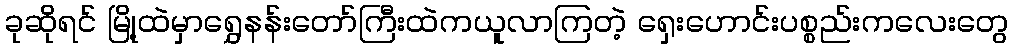
ခုဆိုရင် မြို့ထဲမှာရွှေနန်းတော်ကြီးထဲကယူလာကြတဲ့ ရှေးဟောင်းပစ္စည်းကလေးတွေ